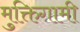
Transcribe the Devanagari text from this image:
मुक्तिगामी